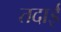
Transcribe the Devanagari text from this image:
तदाई